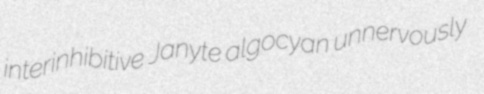
interinhibitive Janyte algocyan unnervously